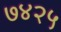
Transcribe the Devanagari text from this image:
७४२५